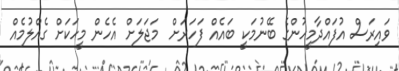
ވައިރަސް އުފައްދާމީހުންގެ ބޭނުމަކީ ބައެއް ފަހަރަށް  މަޖަލަށް އެހެން މީހަކަށް ގެއްލުމެއް